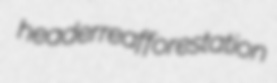
header reafforestation